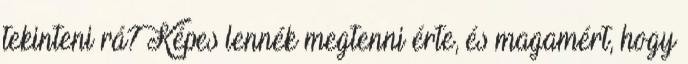
tekinteni rá? Képes lennék megtenni érte, és magamért, hogy